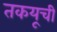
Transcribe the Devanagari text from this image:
तकयूची